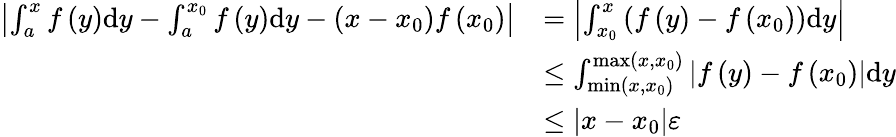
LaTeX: \begin{array}{rl}{\left|\int_{a}^{x}{f\left(y\right)\mathrm{d}y}-\int_{a}^{x_{0}}{f\left(y\right)\mathrm{d}y}-\left(x-x_{0}\right)f\left(x_{0}\right)\right|}&{=\left|\int_{x_{0}}^{x}{\left(f\left(y\right)-f\left(x_{0}\right)\right)\mathrm{d}y}\right|}\\ &{\leq\int_{\operatorname*{min}\left(x,x_{0}\right)}^{\operatorname*{max}\left(x,x_{0}\right)}{\left|f\left(y\right)-f\left(x_{0}\right)\right|\mathrm{d}y}}\\ &{\leq\left|x-x_{0}\right|\varepsilon}\end{array}